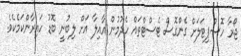
ޖޯރާ ހޮސްޕިޓަލަށް ގެންގޮސް ޓެސްޓްތައް ހެދުމުން އާއިލާ އަށް ލިބުނީ ބޮޑު ހައިރާންކަމެކެވެ.